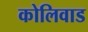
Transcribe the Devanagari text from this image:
कोलिवाड